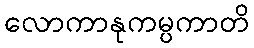
လောကာနုကမ္ပကာတိ